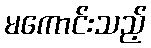
မကောင်းသည့်